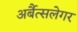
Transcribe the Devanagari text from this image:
अर्बैत्सलेगर